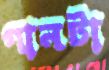
গানটা